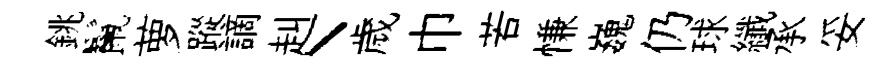
銚鬣萝蹤謫赳丶歲巾若慊巍仍球纖承妥